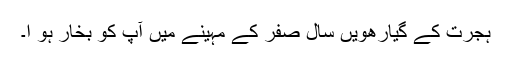
ہجرت کے گیارھویں سال صفر کے مہینے میں آپ کو بخار ہو ا۔